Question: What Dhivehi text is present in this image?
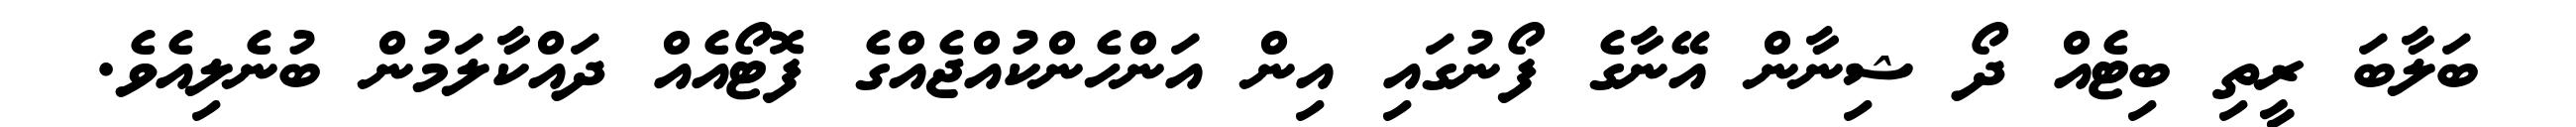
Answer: ބަލާބަ ރީތި ބިޓެއް ދޯ ޝިނާން އޭނާގެ ފޯނުގައި އިން އަންހެންކުއްޖެއްގެ ފޮޓޯއެއް ދައްކާލަމުން ބުނެލިއެވެ.